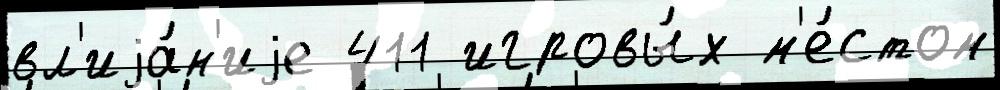
вл'иjа́н'иjе 411 игровы́х м'е́стом